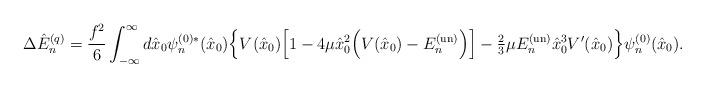
LaTeX: \begin{align*}\Delta \hat E^{(q)}_n=\frac{f^2}{6}\int_{-\infty}^\infty d\hat x_0 \psi^{(0)*}_n(\hat x_0)\Bigl\{V(\hat x_0) \Bigl[1-4\mu\hat x_0 ^2 \Bigl(V(\hat x_0) -E^{\rm (un)}_n\Bigr)\Bigr]-{\textstyle\frac{2}{3}}\mu E^{\rm(un)}_n \hat x_0^3 V'(\hat x_0)\Bigr\}\psi^{(0)}_n(\hat x_0).\end{align*}